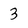
Character: 3